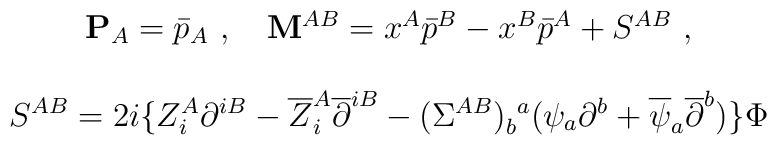
\begin{array}{c}{\bf P}_A=\bar p_A\ ,\quad {\bf M}^{AB}=x^A\bar p^B-x^B\bar p^A+S^{AB}\ , \\\\S^{AB}=2i\{Z_i^A\partial ^{iB}-\overline{Z}_i^A\overline{\partial }^{iB}-(\Sigma ^{AB})_b^{\ a}(\psi _a\partial ^b+\overline{\psi }_a\overline{\partial }^b)\}\Phi\end{array}